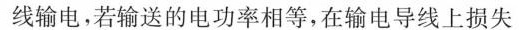
线输电，若输送的电功率相等，在输电导线上损失